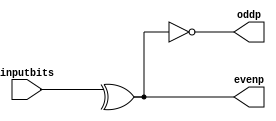
`timescale 1ns / 1ps
//////////////////////////////////////////////////////////////////////////////////
// Company: 
// Engineer: 
// 
// Design Name: 
// Module Name:    Eightbitparity 
// Project Name: 
// Target Devices: 
// Tool versions: 
// Description: 
//
// Dependencies: 
//
// Revision: 
// Revision 0.01 - File Created
// Additional Comments: 
//
//////////////////////////////////////////////////////////////////////////////////
module Eightbitparity(
    input [7:0] inputbits,
    output evenp,
    output oddp
    );
assign evenp=^inputbits;
not(oddp,evenp);
endmodule